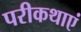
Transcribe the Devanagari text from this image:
परीकथाएं